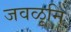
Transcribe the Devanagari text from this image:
जवळूनि